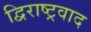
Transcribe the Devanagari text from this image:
द्विराष्ट्रवाद